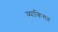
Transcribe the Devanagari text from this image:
व्याकिगत